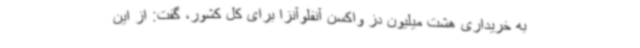
به خریداری هشت میلیون دز واکسن آنفلوآنزا برای کل کشور، گفت: از این